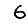
Digit: 6